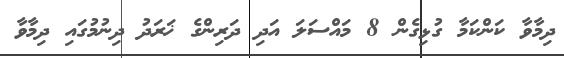
ދިމާވާ ކަންކަމާ ގުޅިގެން 8 މައްސަލަ އަދި ދަރިންގެ ޚަރަދު ދިނުމުގައި ދިމާވާ